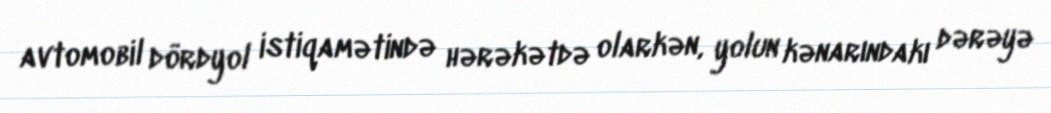
avtomobil dördyol istiqamətində hərəkətdə olarkən, yolun kənarındakı dərəyə